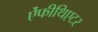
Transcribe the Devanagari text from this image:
ऐंफीथिएटर